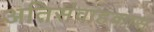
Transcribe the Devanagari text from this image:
अतिसंवाहकास